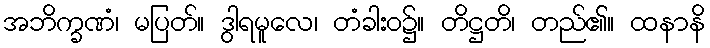
အဘိက္ခဏံ၊ မပြတ်။ ဒွါရမူလေ၊ တံခါးဝ၌။ တိဋ္ဌတိ၊ တည်၏။ ထနာနိ